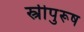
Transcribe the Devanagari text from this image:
स्त्रीपुरूष